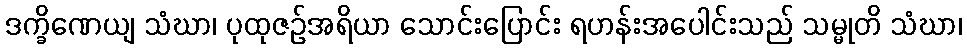
ဒက္ခိဏေယျ သံဃာ၊ ပုထုဇဉ်အရိယာ သောင်းပြောင်း ရဟန်းအပေါင်းသည် သမ္မုတိ သံဃာ၊